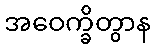
အဝေက္ခိတွာန